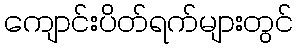
ကျောင်းပိတ်ရက်များတွင်